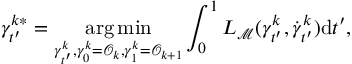
\gamma _ { t ^ { \prime } } ^ { k * } = \underset { \gamma _ { t ^ { \prime } } ^ { k } , \gamma _ { 0 } ^ { k } = \mathcal { O } _ { k } , \gamma _ { 1 } ^ { k } = \mathcal { O } _ { k + 1 } } { \arg \operatorname* { m i n } } \int _ { 0 } ^ { 1 } L _ { { \mathcal { M } } } ( \gamma _ { t ^ { \prime } } ^ { k } , \dot { \gamma } _ { t ^ { \prime } } ^ { k } ) \mathrm { d } t ^ { \prime } ,